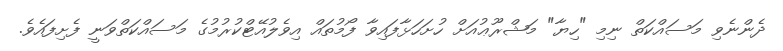
ދެންނެވި މަސައްކަތް ނިމި "ހިޔާ" މަޝްރޫޢުއަށް ހުށަހަޅާފައިވާ ފޯމުތައް އިވެލުއޭޓްކުރުމުގެ މަސައްކަތްވަނީ ފެށިފައެވެ.